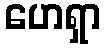
ဟေရှာ